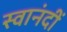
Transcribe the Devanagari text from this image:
स्वानंदीं